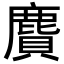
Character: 𪊾